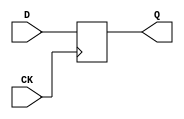
// Verilog
// IP6S
// #inputs 6
// #outputs 3
// #totalGates 8
// #DFFs 3

module dff (CK,Q,D);
input CK,D;
output Q;
reg Q;
always @ (posedge CK)
  Q <= D;
endmodule

module IP6S(CK, in1, in2, in3, in4, in5, in6, out1, out2, out3);
input CK, in1, in2, in3, in4, in5, in6;
output out1, out2, out3;
wire n1, n2, n3, n4, n5, n6, n7, n8, n9;

nand G1(n1, in3, in4);
dff G2(CK, n2, n1);
nand G3(n6, in2, n2);
not G4(n3, n2);
nand G5(n4, in5, n3);
dff G6(CK, n5, n4);
and G7(n7, in1, n6, n5);
not G8(n8, n5);
dff G9(CK, n9, n8);
nor G10(out3, n9, in6);
nor G11(out2, n7, n9);
dff G12(CK, out1, n6);

endmodule